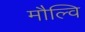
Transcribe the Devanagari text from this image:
मौल्वि